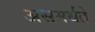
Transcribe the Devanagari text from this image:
असमर्थते